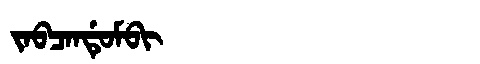
Manchu: ᠵᠠᠪᠴᠠᠨᡩᡠᠮᠪᡳ
Romanization: JABCANDUMBI